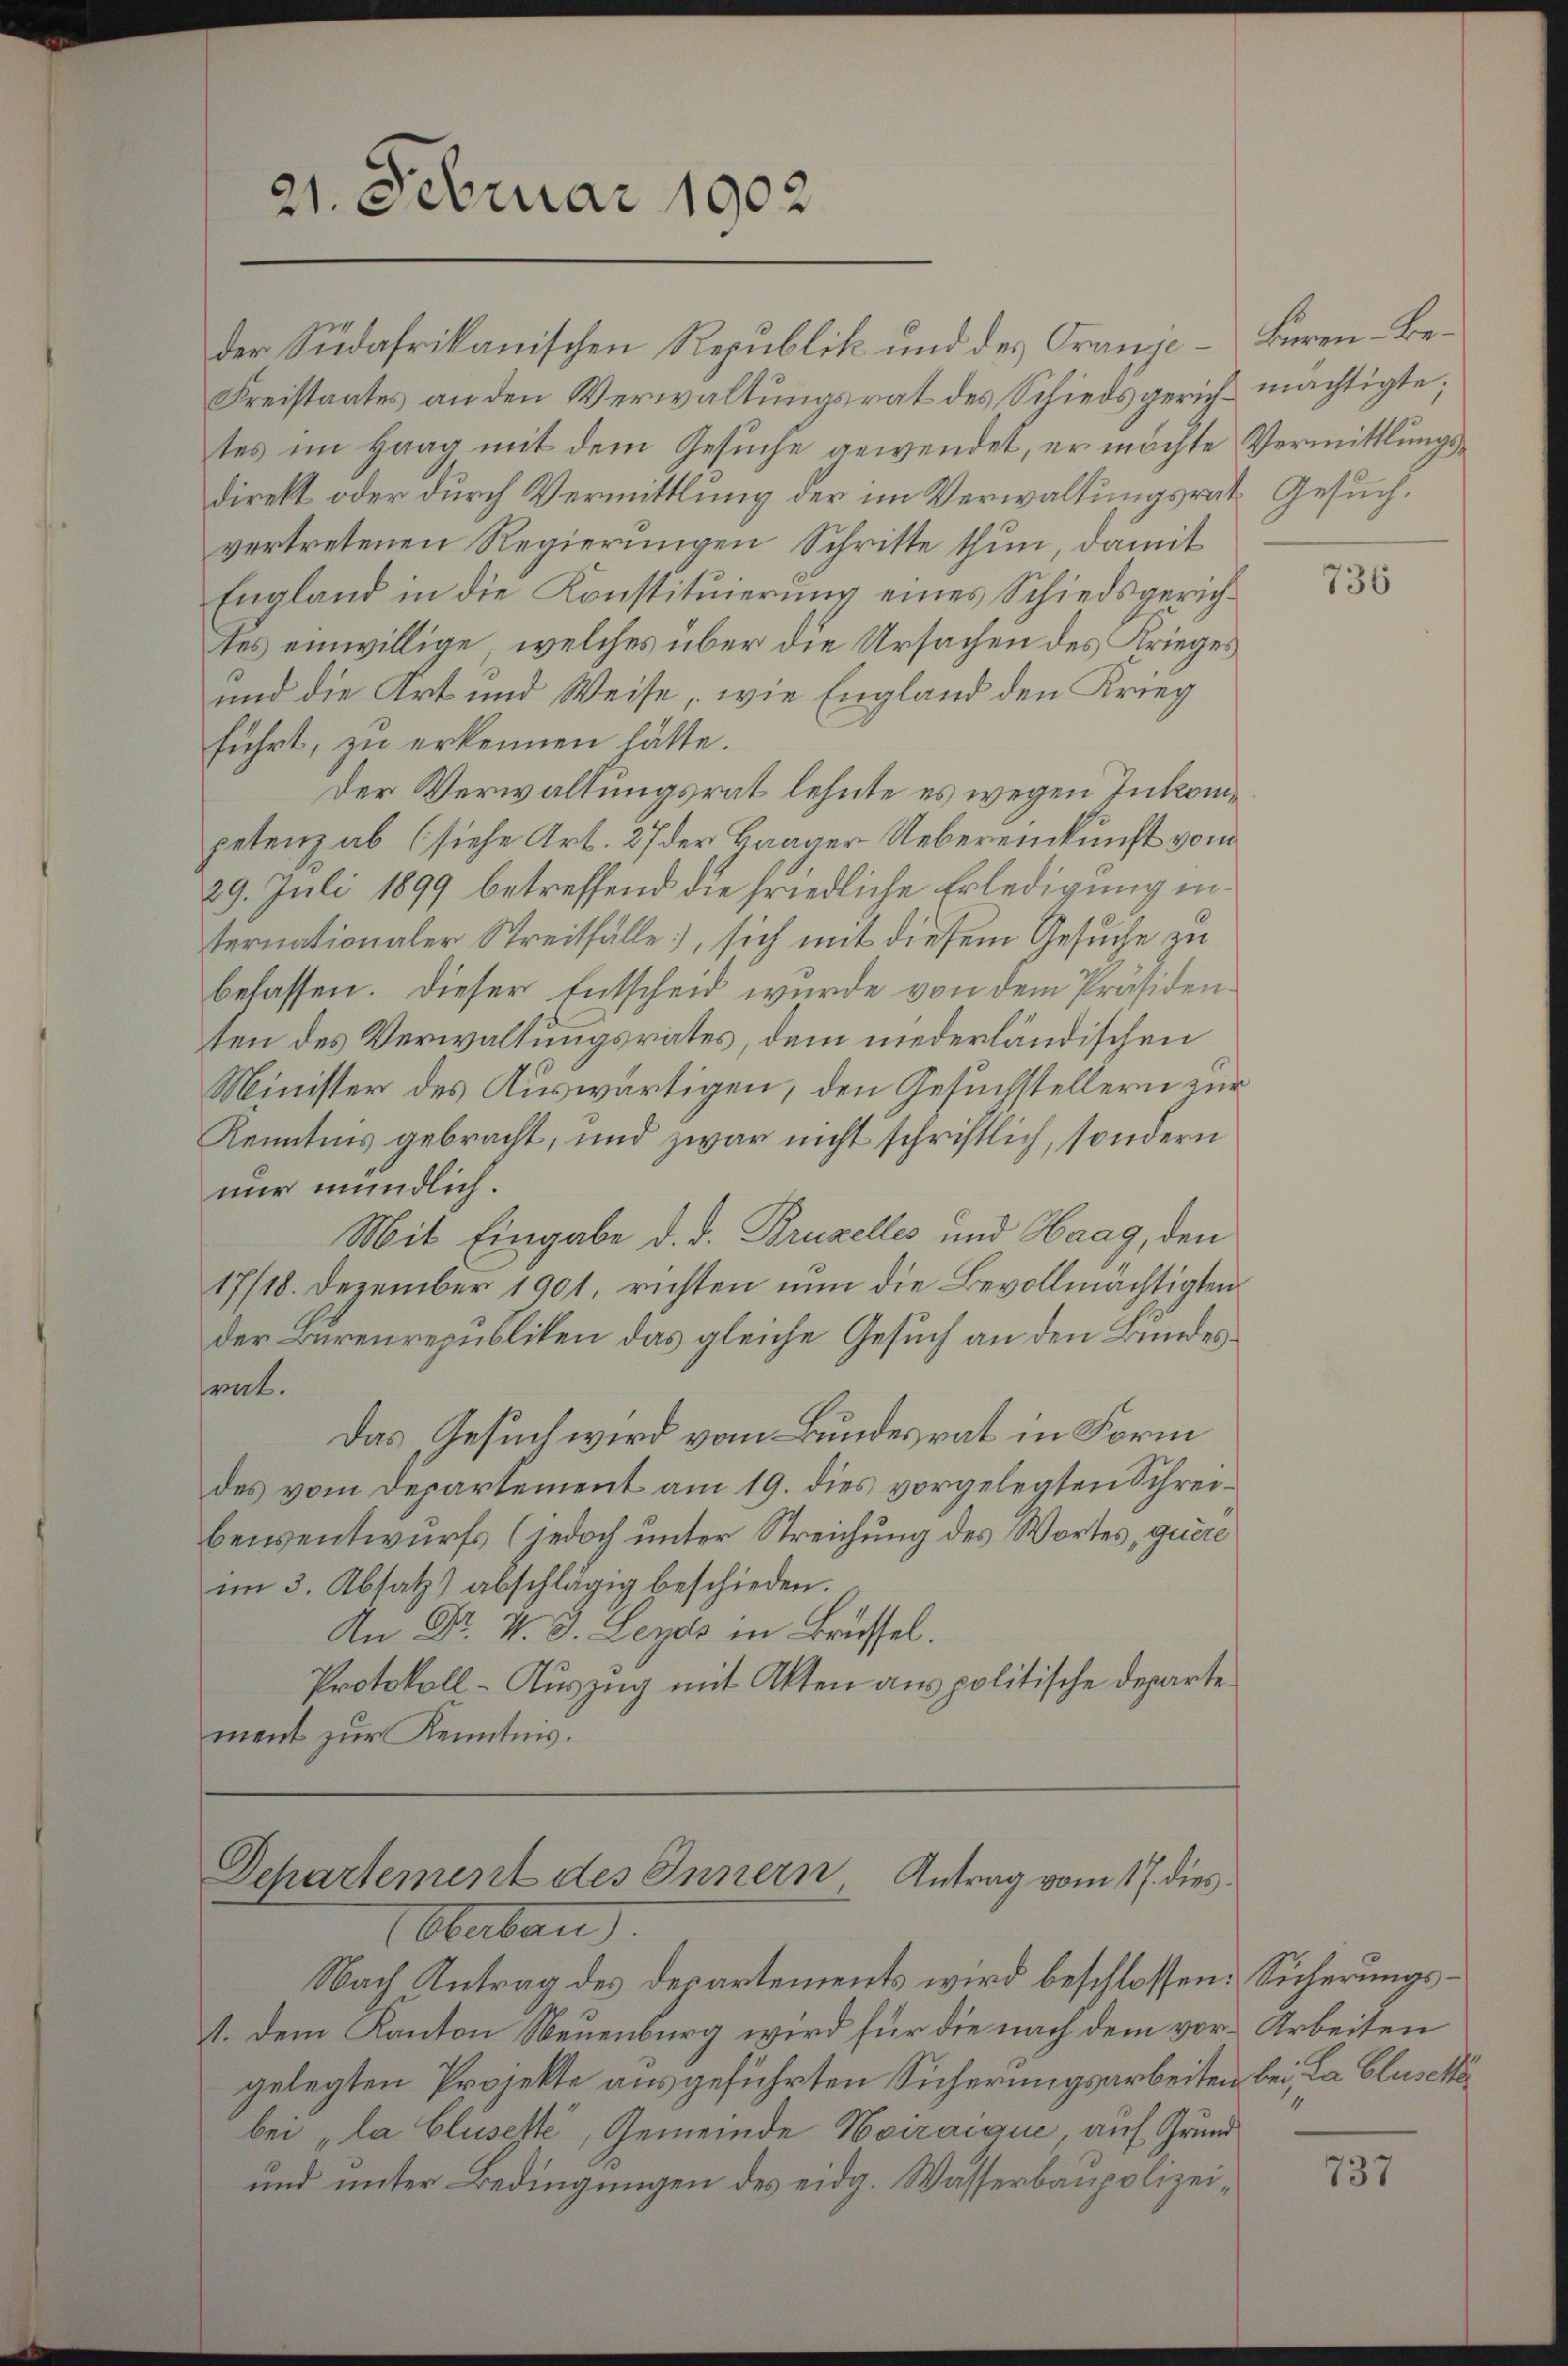
21. Februar 1902

direkt oder durch Vermittlung der im Verwaltungsrat Gesuchvertretenen Regierungen Schritte thun, damit
England in die Konstituierung eines Schiedsgerichtes einwillige, welches über die Ursachen des Krieges
und die Art und Weise, wie England den Krieg
führt, zu erkennen hätte.
Der Verwaltungsrat lehnte es wegen Inkompetenz ab (siehe Art. 27 der Haager Uebereinkunft vom
29. Juli 1899 betreffend die friedliche Erledigung in
ternationaler Streitfälle, sich mit diesem Gesuche zu
befassen. Dieser Entscheid wurde von dem Präsidenten des Verwaltungsrates, dem niederländischen
Minister des Auswärtigen, den Gesuchstellern zur
Kenntnis gebracht, und zwar nicht schriftlich, sondern
nur mündlich.
Mit Eingabe d. d. Bruzelles und Haag, den
17/18. Dezember 1901, richten nun die Bevollmächtigten
der Burenrepubliken das gleiche Gesuch an den Bundesrat.
Das Gesuch wird vom Bundesrat in Form
des vom Departement am 19. dies vorgelegten Schreibensentwurfs (jedoch unter Streichung des Wortes, quere
im 3. Absatz) abschlägig beschieden.
An Dr. v. J. Leyds in Brüssel.
Protokoll- Auszug mit Akten aus politische Departement zur Kenntnis.

der Südafrikanischen Republik und des Granje Büren-Be¬
Freistaates an den Verwaltungsrat des Schiedsgerich mächtigte;
tes im Haag mit dem Gesuche gewendet, er möchte Vermittlungs¬

Departement des Innern, Antrag vom 17. dies

Oberbau
Nach Antrag des Departements wird beschlossen: Sicherungs¬
1. Dem Kanton Neuenburg wird für die nach dem vor-Arbeiten
gelegten Projekte ausgeführten Sicherungsarbeiten bei La Cluset
bei „la Eliselte, Gemeinde Noiraique, auf Grund
und unter Bedingungen des eidg. Wasserbaupolizei¬

736

14

737